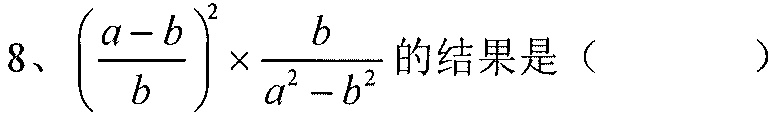
8、$\left(\dfrac{a - b}{b}\right)^{2}\times\dfrac{b}{a^{2} - b^{2}}$的结果是（  ）